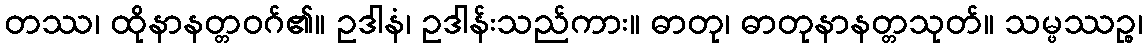
တဿ၊ ထိုနာနတ္တဝဂ်၏။ ဥဒါနံ၊ ဥဒါန်းသည်ကား။ ဓာတု၊ ဓာတုနာနတ္တသုတ်။ သမ္ဖဿဉ္စ၊